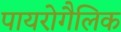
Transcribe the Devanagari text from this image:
पायरोगैलिक